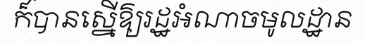
ក៏បានស្នើឱ្យរដ្ឋអំណាចមូលដ្ឋាន